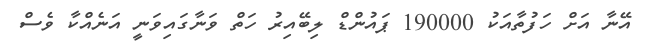
އޭނާ އަށް ހަފުތާއަކު 190000 ޕައުންޑް ލިބޭއިރު ހަތް ވަނާގައިވަނީ އަނެއްކާ ވެސް